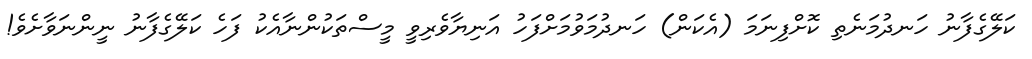
ކަލޭގެފާނު ހަނދުމަނެތި ކޮށްފިނަމަ (އެކަން) ހަނދުމަވުމަށްފަހު އަނިޔާވެރިވީ މީސްތަކުންނާއެކު ފަހެ ކަލޭގެފާނު ނީންނަވާށެވެ!